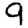
Digit: 9